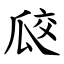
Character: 㼎